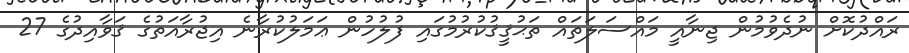
ރައްދުކޮށް ނުދެވުމުން ޖިނާއީ މައްސަލަތައް ތަޙުޤީޤުކުރުމުގައި ފުލުހުން ޢަމަލުކުރާނެ އިޖުރާއަތުގެ ޤަވާއިދުގެ 27